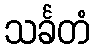
သင်္ခတံ